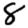
Digit: 8